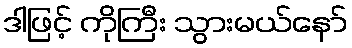
ဒါဖြင့် ကိုကြီး သွားမယ်နော်